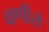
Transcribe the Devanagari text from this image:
वाणीसे